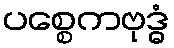
ပစ္စေကဗုဒ္ဓံ